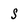
Character: S